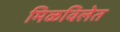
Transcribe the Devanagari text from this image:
मिळविलेत